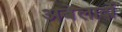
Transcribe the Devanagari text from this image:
अबेलार्दो